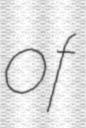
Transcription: of